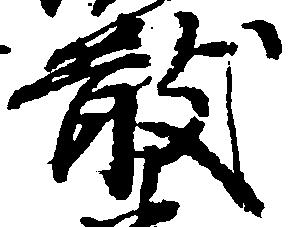
散